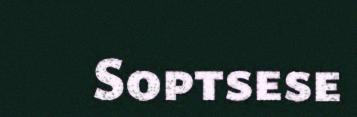
Soptsese